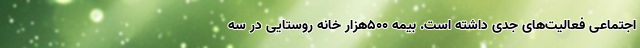
اجتماعی فعالیت‌های جدی داشته است. بیمه 500هزار خانه روستایی در سه